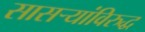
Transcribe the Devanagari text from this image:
सासऱ्यांविरुद्ध